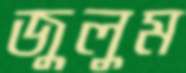
জুলুম